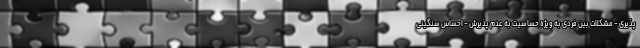
پذیری - مشکلات بین فردی به ویژه حساسیت به عدم پذیرش - احساس سنگینی